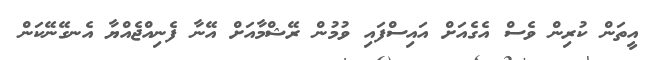
އީތަން ކުރިން ވެސް އެގެއަށް އައިސްފައި ވުމުން ރޭޝްމާއަށް އޭނާ ފެނިއްޖެއްޔާ އެނގޭނޭކަން